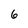
Character: 6